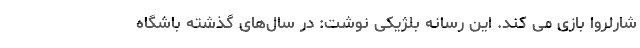
شارلروا بازی می کند. این رسانه بلژیکی نوشت: در سال‌های گذشته باشگاه